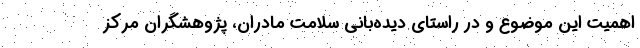
اهمیت این موضوع و در راستای دیده‌بانی سلامت مادران، پژوهشگران مرکز